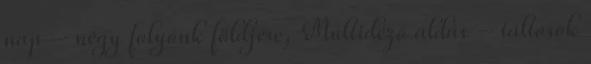
nap – négy folyónk földjére, Múltidéző áldás – táltosok